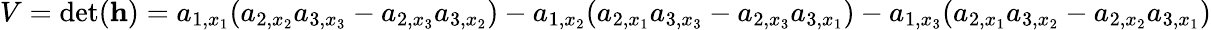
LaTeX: V=\operatorname*{det}(\mathbf{h})=a_{1,x_{1}}(a_{2,x_{2}}a_{3,x_{3}}-a_{2,x_{3}}a_{3,x_{2}})-a_{1,x_{2}}(a_{2,x_{1}}a_{3,x_{3}}-a_{2,x_{3}}a_{3,x_{1}})-a_{1,x_{3}}(a_{2,x_{1}}a_{3,x_{2}}-a_{2,x_{2}}a_{3,x_{1}})